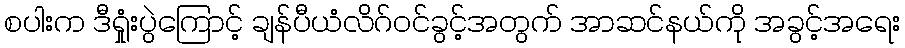
စပါးက ဒီရှုံးပွဲကြောင့် ချန်ပီယံလိဂ်ဝင်ခွင့်အတွက် အာဆင်နယ်ကို အခွင့်အရေး